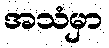
အသံမှာ